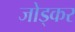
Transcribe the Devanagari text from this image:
जोड्कर